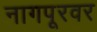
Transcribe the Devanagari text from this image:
नागपूरवर